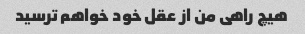
هیچ راهی من از عقل خود خواهم ترسید